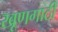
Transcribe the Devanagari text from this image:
खूणगाठी